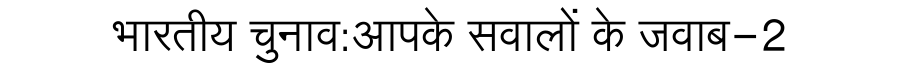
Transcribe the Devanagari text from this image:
भारतीय चुनाव:आपके सवालों के जवाब-2